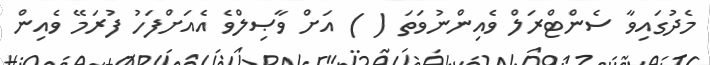
މެދުގައިވާ ސެންޓްރަލް ވެއިންނުވަތަ ( ) އަށް ވާޞިލްވެ އެއަށްފަހު ފުރަމޭ ވެއިން